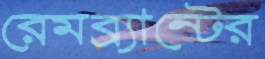
রেমব্র্যান্টের